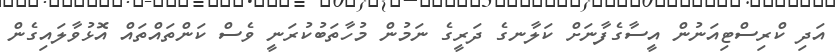
އަދި ކްރިސްޓިއަނުން އީސާގެފާނަށް ކަލާނގެ ދަރީގެ ނަމުން މުހާތަބުކުރަނީ ވެސް ކަންތައްތައް އޮޅުވާލައިިގެން